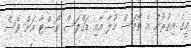
މީގެ އިތުރުން އެ ތޯމަސް މުލާ އާއި ޑަގްލަސް ކޯސްޓާ އަށް ވެސް